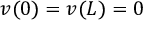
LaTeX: v ( 0 ) = v ( L ) = 0